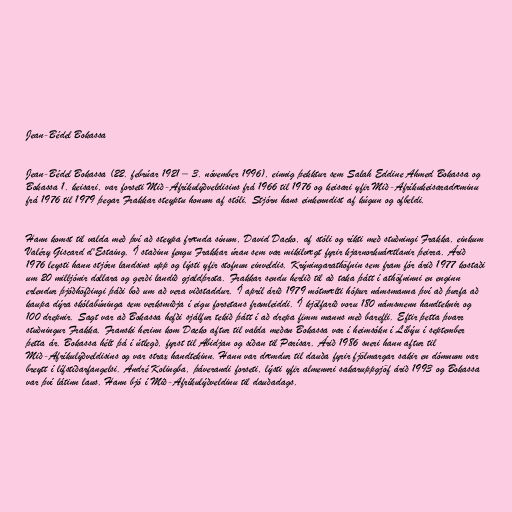
Jean-Bédel Bokassa

Jean-Bédel Bokassa (22. febrúar 1921 – 3. nóvember 1996), einnig þekktur sem Salah Eddine Ahmed Bokassa og
Bokassa 1. keisari, var forseti Mið-Afríkulýðveldisins frá 1966 til 1976 og keisari yfir Mið-Afríkukeisaradæminu
frá 1976 til 1979 þegar Frakkar steyptu honum af stóli. Stjórn hans einkenndist af kúgun og ofbeldi.

Hann komst til valda með því að steypa frænda sínum, David Dacko, af stóli og ríkti með stuðningi Frakka, einkum
Valéry Giscard d'Estaing. Í staðinn fengu Frakkar úran sem var mikilvægt fyrir kjarnorkuáætlanir þeirra. Árið
1976 leysti hann stjórn landsins upp og lýsti yfir stofnun einveldis. Krýningarathöfnin sem fram fór árið 1977 kostaði
um 20 milljónir dollara og gerði landið gjaldþrota. Frakkar sendu herlið til að taka þátt í athöfninni en enginn
erlendur þjóðhöfðingi þáði boð um að vera viðstaddur. Í apríl árið 1979 mótmælti hópur námsmanna því að þurfa að
kaupa dýra skólabúninga sem verksmiðja í eigu forsetans framleiddi. Í kjölfarið voru 180 námsmenn handteknir og
100 drepnir. Sagt var að Bokassa hefði sjálfur tekið þátt í að drepa fimm manns með barefli. Eftir þetta þvarr
stuðningur Frakka. Franski herinn kom Dacko aftur til valda meðan Bokassa var í heimsókn í Líbýu í september
þetta ár. Bokassa hélt þá í útlegð, fyrst til Abidjan og síðan til Parísar. Árið 1986 sneri hann aftur til
Mið-Afríkulýðveldisins og var strax handtekinn. Hann var dæmdur til dauða fyrir fjölmargar sakir en dómnum var
breytt í lífstíðarfangelsi. André Kolingba, þáverandi forseti, lýsti yfir almennri sakaruppgjöf árið 1993 og Bokassa
var því látinn laus. Hann bjó í Mið-Afríkulýðveldinu til dauðadags.